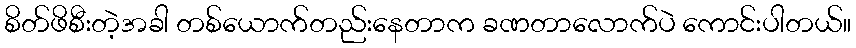
စိတ်ဖိစီးတဲ့အခါ တစ်ယောက်တည်းနေတာက ခဏတာလောက်ပဲ ကောင်းပါတယ်။